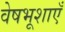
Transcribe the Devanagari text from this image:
वेषभूशाएँ